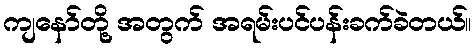
ကျနော်တို့ အတွက် အရမ်းပင်ပန်းခက်ခဲတယ်။